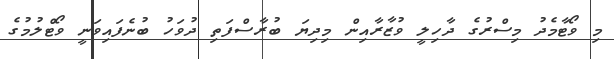
މި ވޯޓާމެދު މިސްރުގެ ދާހިލީ ވުޒާރާއިން މިދިޔަ ބުރާސްފަތި ދުވަހު ބުނެފައިވަނީ ވޯޓްލުމުގެ